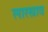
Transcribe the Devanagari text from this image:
लारस्त्राव